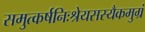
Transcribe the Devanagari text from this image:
समुत्कर्षनिःश्रेयसस्यैकमुग्रं